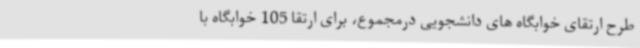
طرح ارتقای خوابگاه های دانشجویی درمجموع، برای ارتقا 105 خوابگاه با